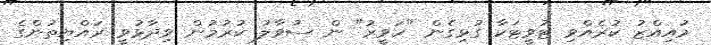
މުއިއްޒު ކުރެއްވި ޓުވީޓަކާ ގުޅިގެން "ހަވީރު" ން ސުވާލު ކުރުމުން ވިދާޅުވީ ރައްޔިތުންގެ